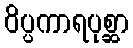
ဝိပ္ပကာရပုစ္ဆာ